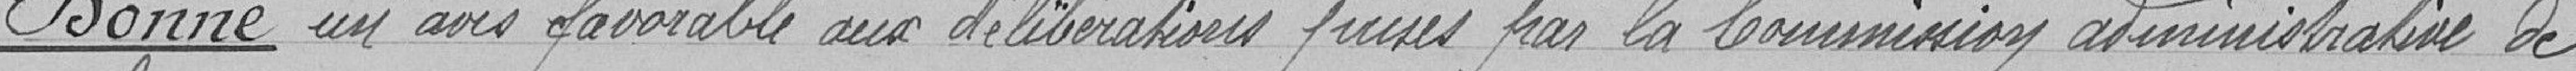
Donne un avis favorable aux délibérations prises par la Commission administrative de